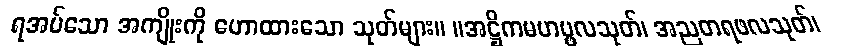
ရအပ်သော အကျိုးကို ဟောထားသော သုတ်များ။ ။အဋ္ဌိကမဟပ္ဖလသုတ်၊ အညတရဖလသုတ်၊